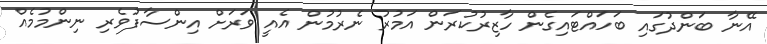
އޭނާ ބަންދުގައި ބަހައްޓައިގެން ހާޒިރުކުރަން އަމުރު ނެރުމުން އެއީ ވަރަށް އިންސާފުވެރި ނިންމުމެއް